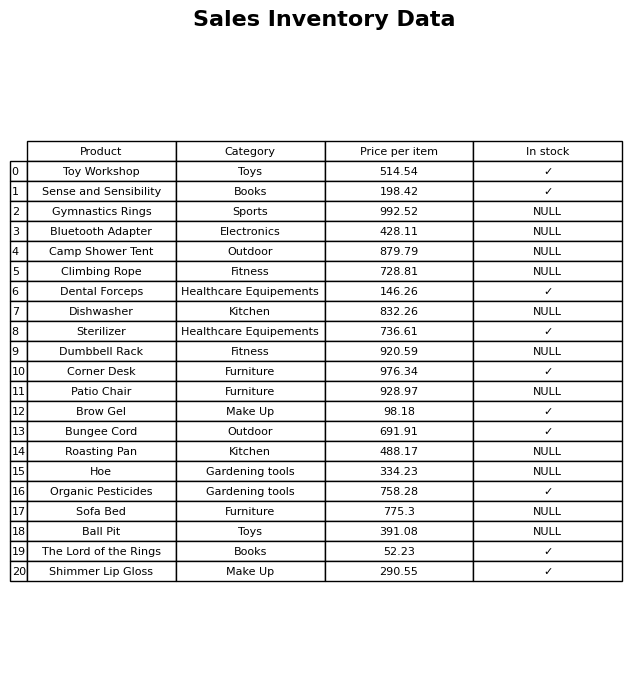
question: What is the stock status of the Brow Gel?
answer: ✓